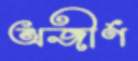
অজীর্ণ